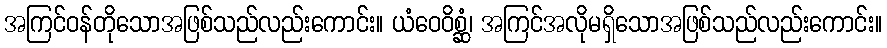
အကြင်ဝန်တိုသောအဖြစ်သည်လည်းကောင်း။ ယံဝေဝိစ္ဆံ၊ အကြင်အလိုမရှိသောအဖြစ်သည်လည်းကောင်း။